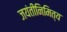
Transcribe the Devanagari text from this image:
जयंतीनिमित्य